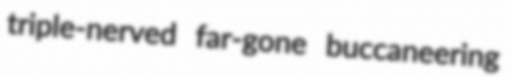
triple-nerved far-gone buccaneering